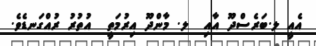
އެއީ ލ.ބަރެެސްދޫ އާއި  ލ. މާންދޫ އިރުމަތީ  އުތުރު ރުއްގަނޑެވެ.